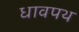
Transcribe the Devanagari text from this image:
धावपथ